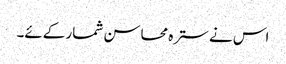
اس نے سترہ محاسن شمار کےئے۔